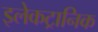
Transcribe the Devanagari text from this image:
इलेकट्रानिक